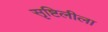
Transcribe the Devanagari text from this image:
सृष्टिलीला